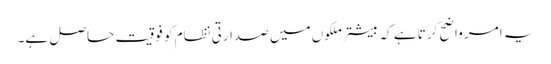
یہ امر واضح کرتا ہے کہ بیشتر ملکوں میں صدارتی نظام کو فوقیت حاصل ہے۔